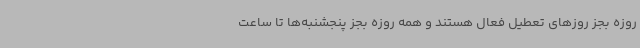
روزه بجز روزهای تعطیل فعال هستند و همه روزه بجز پنجشنبه‌ها تا ساعت